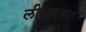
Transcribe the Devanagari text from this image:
लीस्टरच्या